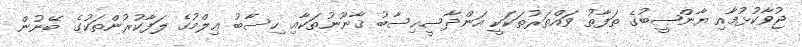
ޖުވާކުޅުމާއި ޔާންޞީބުގެ ތަފާތު ވައްތަރުތަކަކީ އަންދާސީހިސާބު ޤާނޫނުތަކާއި ހިސާބު ޢިލްމުގެ ލަފާކުރުންތަކުގެ ބޭނުން